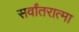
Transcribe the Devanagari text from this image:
सर्वांतरात्मा